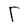
Character: r